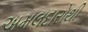
અમલદારોથી